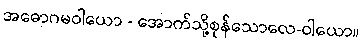
အဓောဂမဝါယော - အောက်သို့စုန်သောလေ-ဝါယော။